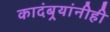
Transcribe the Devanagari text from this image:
कादंबर्‍यांनीही